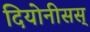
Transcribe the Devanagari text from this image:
दियोनीसस्